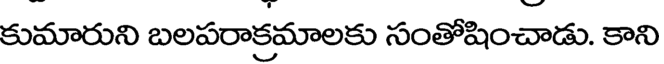
కుమారుని బలపరాక్రమాలకు సంతోషించాడు. కాని